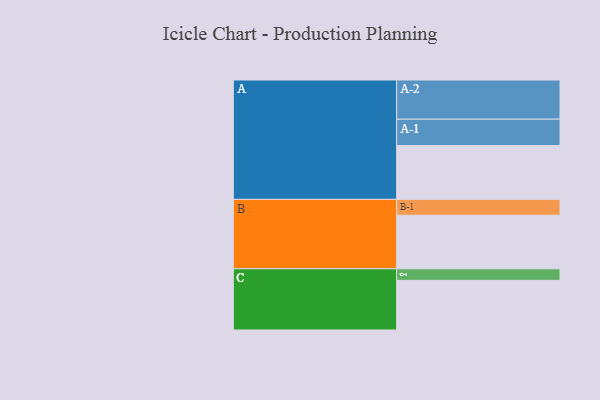
{"axis": {"x": "Segment", "y": "Value"}, "legend": ["", "A", "B", "C"], "data": [{"x": "A", "y": 386, "type": ""}, {"x": "B", "y": 384, "type": ""}, {"x": "C", "y": 356, "type": ""}, {"x": "A-1", "y": 189, "type": "A"}, {"x": "A-2", "y": 281, "type": "A"}, {"x": "B-1", "y": 114, "type": "B"}, {"x": "C-1", "y": 83, "type": "C"}]}